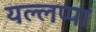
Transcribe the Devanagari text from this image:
यल्लप्पा